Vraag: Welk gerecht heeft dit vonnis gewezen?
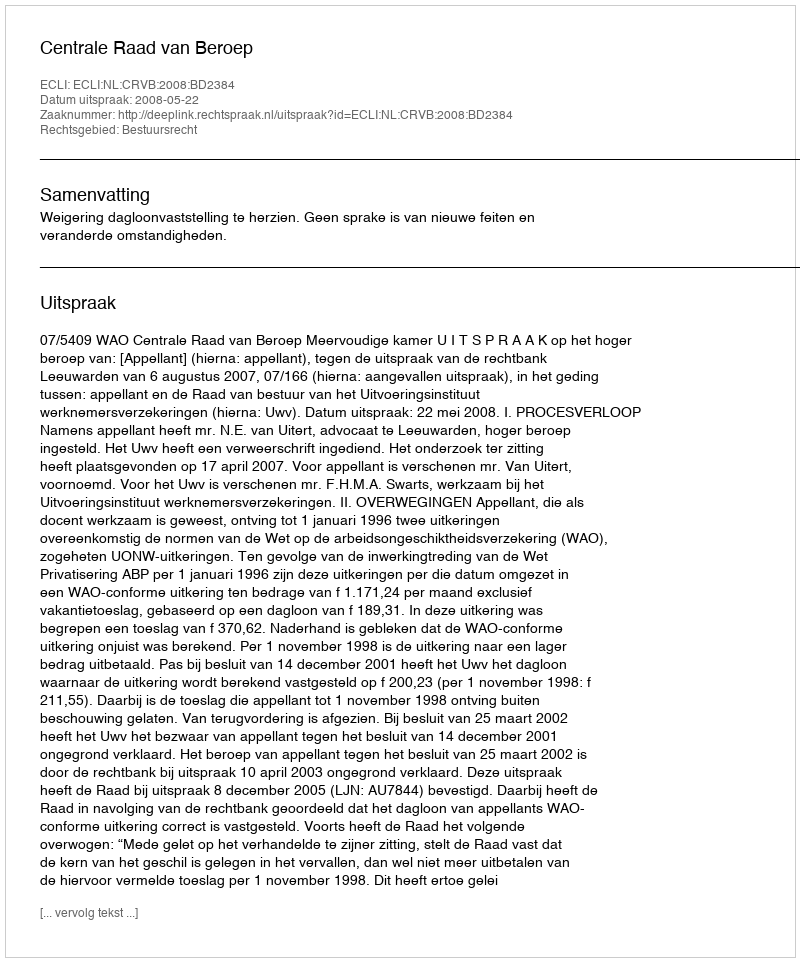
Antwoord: Centrale Raad van Beroep